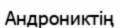
Андрониктің